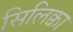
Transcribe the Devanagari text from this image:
सिलिक्वा